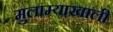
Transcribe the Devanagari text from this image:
मुलाम्याखाली